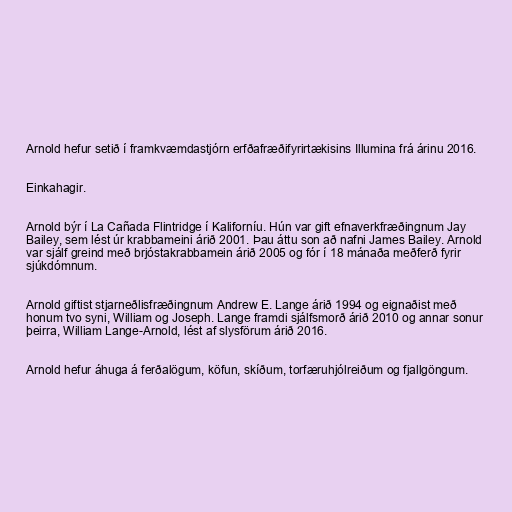
Arnold hefur setið í framkvæmdastjórn erfðafræðifyrirtækisins Illumina frá árinu 2016.

Einkahagir.

Arnold býr í La Cañada Flintridge í Kaliforníu. Hún var gift efnaverkfræðingnum Jay
Bailey, sem lést úr krabbameini árið 2001. Þau áttu son að nafni James Bailey. Arnold
var sjálf greind með brjóstakrabbamein árið 2005 og fór í 18 mánaða meðferð fyrir
sjúkdómnum.

Arnold giftist stjarneðlisfræðingnum Andrew E. Lange árið 1994 og eignaðist með
honum tvo syni, William og Joseph. Lange framdi sjálfsmorð árið 2010 og annar sonur
þeirra, William Lange-Arnold, lést af slysförum árið 2016.

Arnold hefur áhuga á ferðalögum, köfun, skíðum, torfæruhjólreiðum og fjallgöngum.